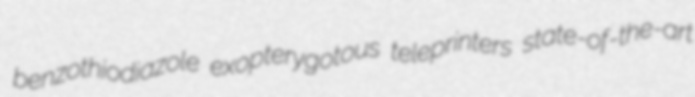
benzothiodiazole exopterygotous teleprinters state-of-the-art